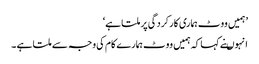
’ہمیں ووٹ ہماری کارکردگی پر ملتا ہے‘
انہوںنے کہا کہ ہمیں ووٹ ہمارے کام کی وجہ سے ملتا ہے ۔